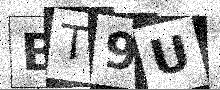
Text: BT9U